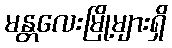
မန္တလေးမြို့များရှိ